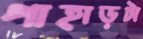
পাহাড়টা